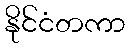
နိုင်ငံတကာ